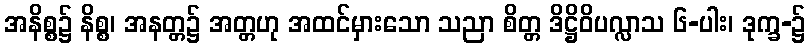
အနိစ္စ၌ နိစ္စ၊ အနတ္တ၌ အတ္တဟု အထင်မှားသော သညာ စိတ္တ ဒိဋ္ဌိဝိပလ္လာသ ၆-ပါး၊ ဒုက္ခ-၌